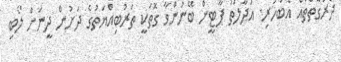
ދެރަގޮތްތައް އެބަހުރި. އަދާލަތު ޕާޓީން ބޭނުންވާ ގޮތަކީ ތަރުބިއްޔަތުގެ ދަށުން ދީނަށް ލޯބި